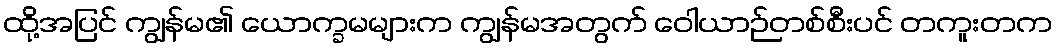
ထို့အပြင် ကျွန်မ၏ ယောက္ခမများက ကျွန်မအတွက် ဝေါယာဉ်တစ်စီးပင် တကူးတက